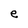
Character: e